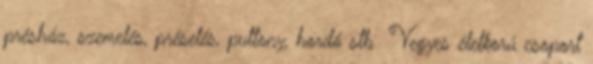
présház, szemelés, préselés, puttony, hordó stb Vegyes életkorú csoport